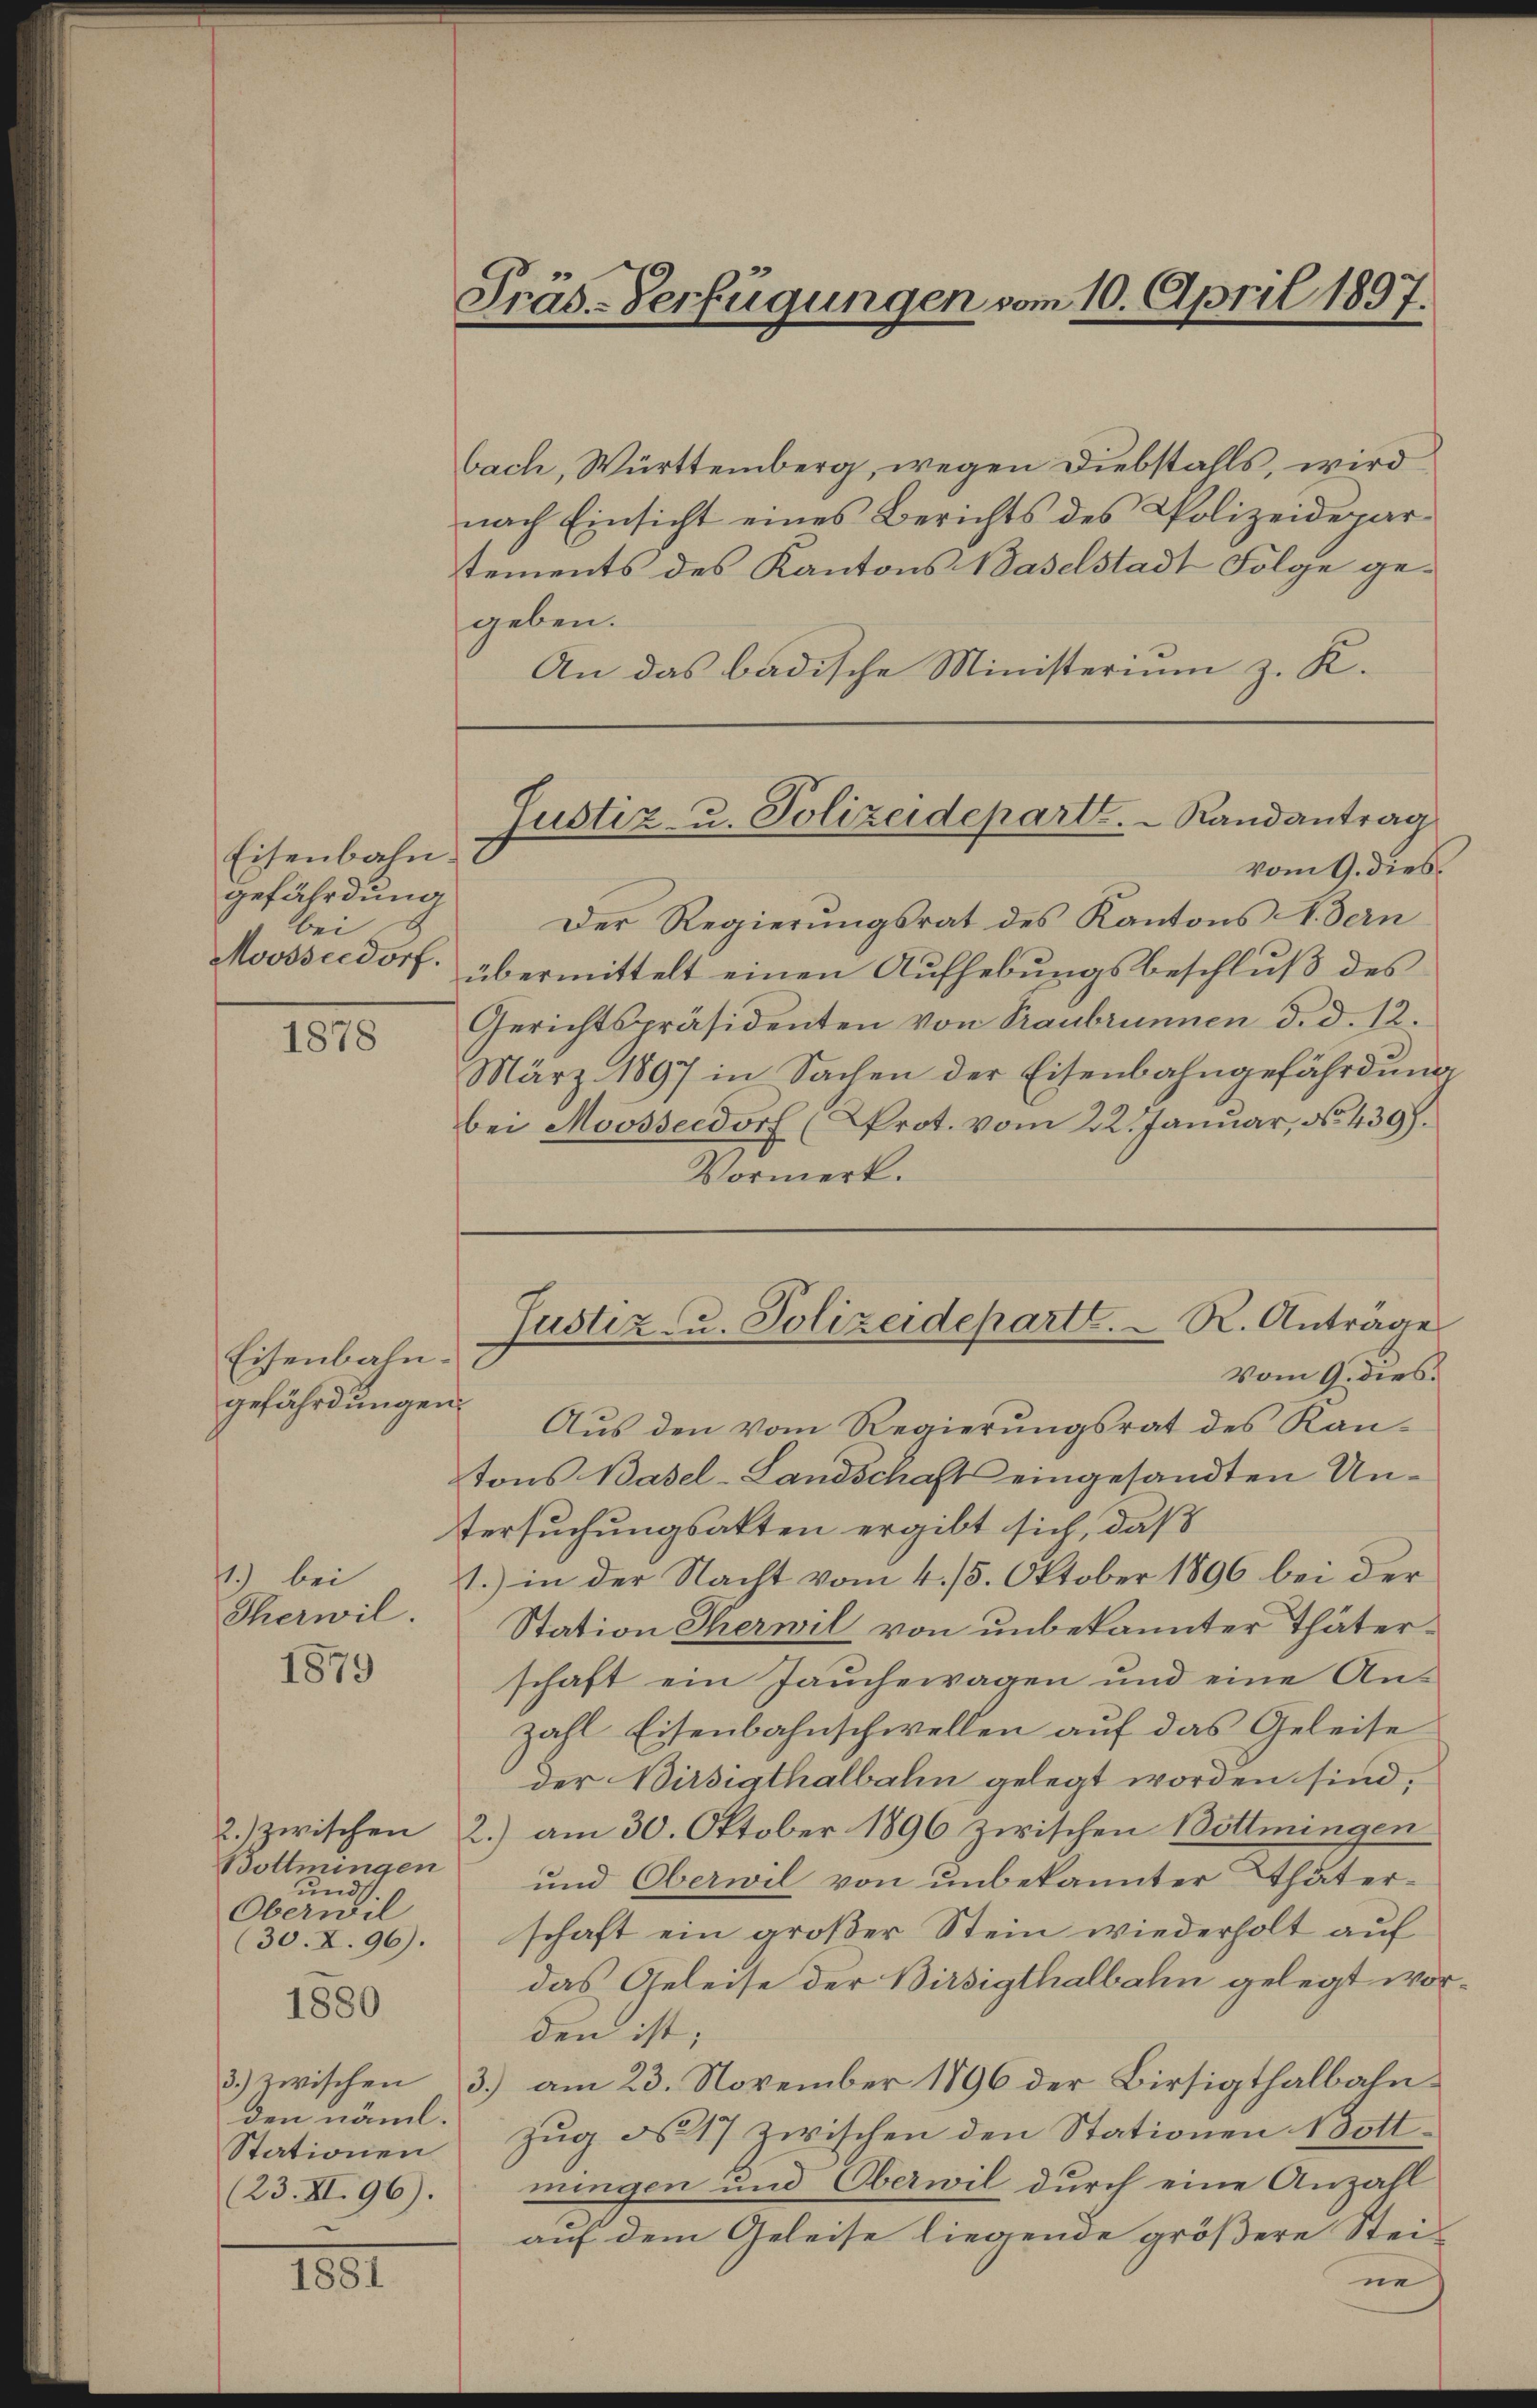
Eisenbahngefährdung
bei
Moosseldorf.

1878

Eisenbahn.
gefährdungen.

1.) bei
Therwil
1879

2.) zwischen
Bottmingen
und.
Oberwil

1880

den näml.

1801

Präs.-Verfügungen vom 10. April 1897.

bach, Württemberg, wegen Diebstahls, wird
nach Einsicht eines Berichts des Polizeidepartements des Kantons Baselstadt Folge gegeben.
An das badische Ministerium z. K.

Justiz- u. Polizeidepart.   Randantrag
vom 9. dies¬

Justiz- u. Polizeidepartl. R. Anträge

Der Regierungsrat des Kantons Vern
übermittelt einen Aufhebungsbeschluß des
Gerichtspräsidenten von Traubrunnen d. d. 12.
März 1897 in Sachen der Eisenbahngefährdung
bei Moosseldorf (Prot. vom 22. Januar, No. 439.
Vormerk.

Vom 9. dies
Aŭs den vom Regierŭngsrat des Ran-
tons Basel-Landschaft eingesandten Untersuchungsakten ergibt sich, daß
1.) in der Nacht vom 4. 15. Oktober 1896 bei der
Station Therwil von unbekannter Thäterschaft ein Jauchewagen und eine Anzahl Eisenbahnschwellen auf das Geleise
der Wirsigthalbahn gelegt worden sind,
2.) am 30. Oktober 1896 zwischen Bottmingen
und Oberwil von unbekannter Thäter¬
(30. I. 96). schaft ein groβer Stein wiederholt aŭf
das Geleise der Birsigthalbahn gelegt worden ist;
3.) zwischen 3.) am 23. November 1896 der Birsigthalbahn¬
Stationen Zug d. 17 zwischen den Stationen Bott¬
(23. II. 96). mingen und Oberwil durch eine Anzahl
auf dem Geleise liegende größere Steine